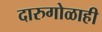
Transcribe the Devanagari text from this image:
दारुगोळाही